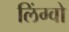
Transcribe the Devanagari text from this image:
लिंग्वो